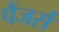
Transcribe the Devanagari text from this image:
पैंजर्स